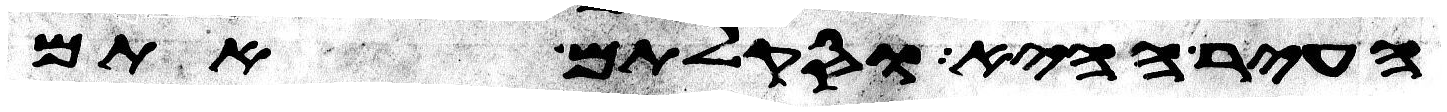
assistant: העיר ההיא וסקלתם אתם